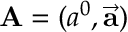
\mathbf { A } = ( a ^ { 0 } , { \vec { \mathbf { a } } } )